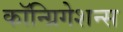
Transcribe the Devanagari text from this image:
कॉन्ग्रिगेशन्स